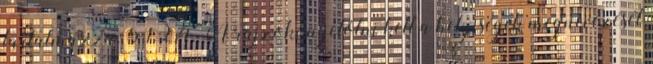
tartalmazza. 5.1.2.4. A rajzokon jelölni kell a helyiségek megnevezését